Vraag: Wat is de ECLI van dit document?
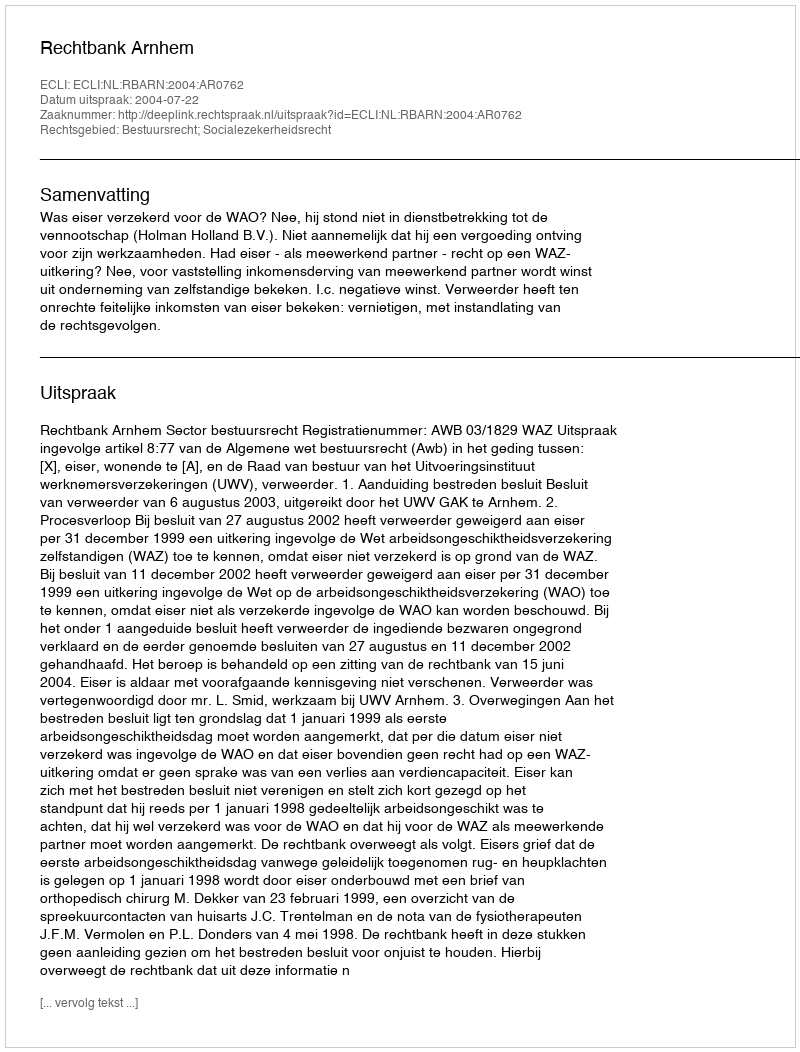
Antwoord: ECLI:NL:RBARN:2004:AR0762